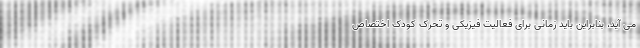
می آید، بنابراین باید زمانی برای فعالیت فیزیکی و تحرک کودک اختصاص